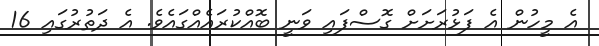
އެ މީހުން އެ ފަޅުރަށަށް ގޮސްފައި ވަނީ ބޮއްކުރައެއްގައެވެ. އެ ދަތުރުގައި 16